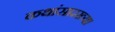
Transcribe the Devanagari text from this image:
कथांसारख्या